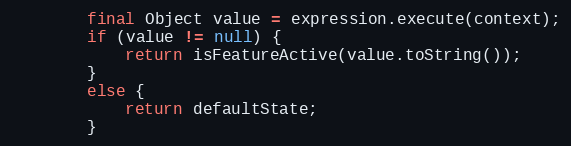
Language: Java
        final Object value = expression.execute(context);
        if (value != null) {
            return isFeatureActive(value.toString());
        }
        else {
            return defaultState;
        }